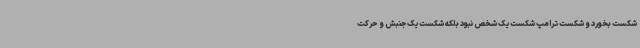
شکست بخورد و شکست ترامپ شکست یک شخص نبود بلکه شکست یک جنبش و حرکت